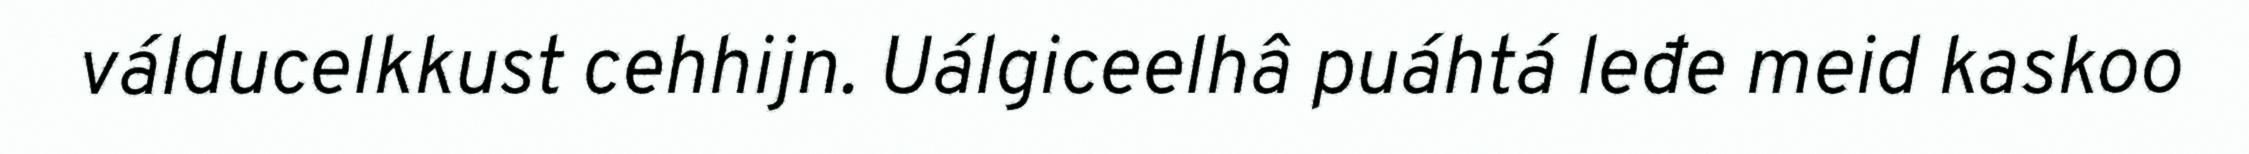
válducelkkust cehhijn. Uálgiceelhâ puáhtá leđe meid kaskoo